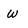
Character: w